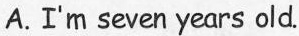
A.I'm seven years old